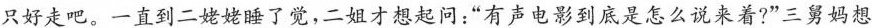
只好走吧。一直到二姥姥睡了觉，二姐才想起问：”有声电影到底是怎么说来着?”三舅妈想